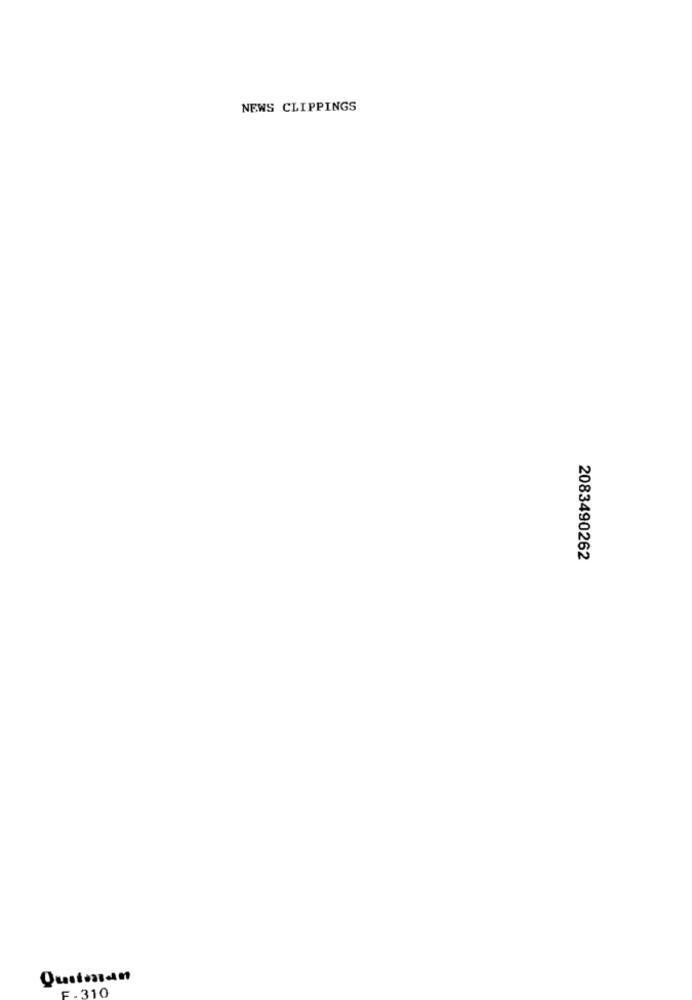
NEWS CLIPPINGS
2083490262
Quitman
F.310